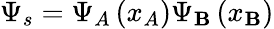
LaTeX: \Psi_{s}=\Psi_{A}\left(x_{A}\right)\Psi_{\mathbf{B}}\left(x_{\mathbf{B}}\right)